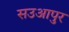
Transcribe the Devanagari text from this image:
सउआपुर